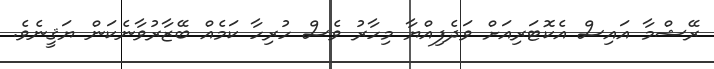
ރޭޝްމާ އައިސް އެކޮޓަރިއަށް ވަދެފިއްޔާ މިހާރު ވެސް ހުރިހާ ކަމެއް ބޭޒާރުވާނެކަން ޔަޤީނެވެ.